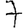
Digit: 7